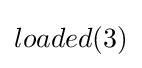
loaded(3)